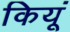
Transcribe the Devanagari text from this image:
कियूं